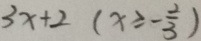
3 x + 2 ( x \geqslant - \frac { 2 } { 3 } )